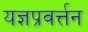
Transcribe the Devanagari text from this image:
यज्ञप्रवर्त्तन